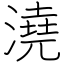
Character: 澆